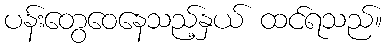
ပန်းတွေဝေနေသည့်နှယ် ထင်ရသည်။